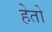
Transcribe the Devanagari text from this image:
हेतो